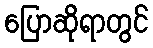
ပြောဆိုရာတွင်